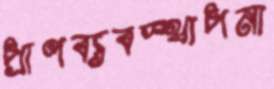
প্রাণব্যবস্থাপনা